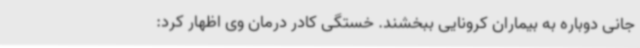
جانی دوباره به بیماران کرونایی ببخشند. خستگی کادر درمان وی اظهار کرد: